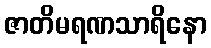
ဇာတိမရဏသာရိနော